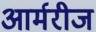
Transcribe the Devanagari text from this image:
आर्मरीज